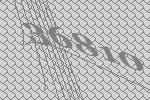
36810